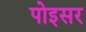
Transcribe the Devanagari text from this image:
पोइसर